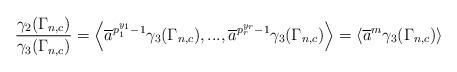
LaTeX: \begin{align*}\frac{\gamma_2(\Gamma_{n,c})}{\gamma_3(\Gamma_{n,c})}=\left< \overline{a}^{p_1^{y_1}-1}\gamma_3(\Gamma_{n,c}),...,\overline{a}^{p_r^{y_r}-1}\gamma_3(\Gamma_{n,c}) \right>=\left< \overline{a}^m \gamma_3(\Gamma_{n,c}) \right>\end{align*}